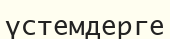
үстемдерге